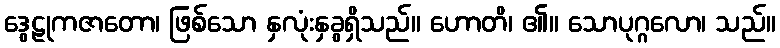
ဒွေဠုကဇာတော၊ ဖြစ်သော နှလုံးနှခွရှိသည်။ ဟောတိ၊ ၏။ သောပုဂ္ဂလော၊ သည်။